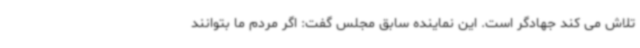
تلاش می کند جهادگر است. این نماینده سابق مجلس گفت: اگر مردم ما بتوانند